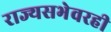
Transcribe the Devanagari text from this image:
राज्यसभेवरही